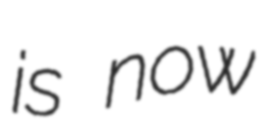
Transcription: is now